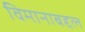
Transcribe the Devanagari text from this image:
विमानाबद्दल